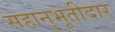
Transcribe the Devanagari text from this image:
सहानुभूतीदार